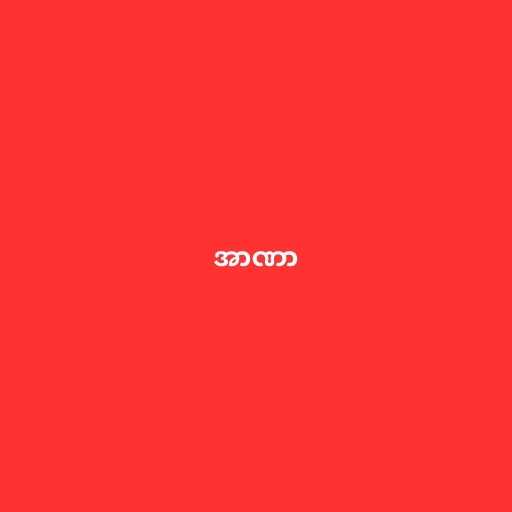
အာဏာ